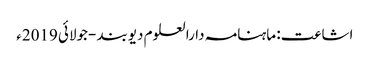
اشاعت: ماہنامہ دارالعلوم دیوبند -جولائی 2019ء